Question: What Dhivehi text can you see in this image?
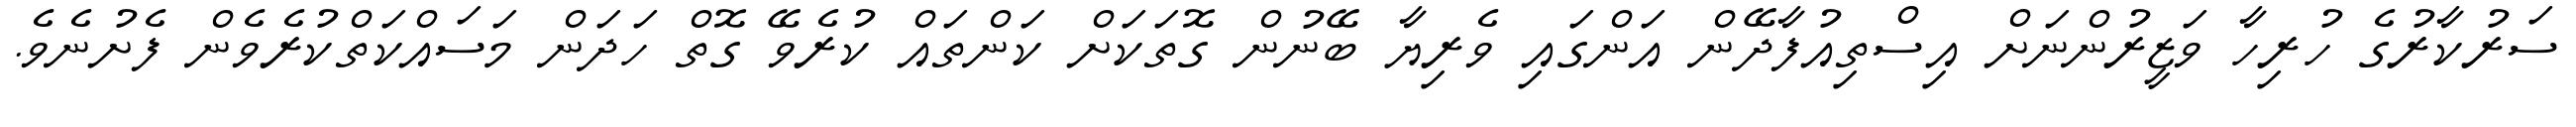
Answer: ސަރުކާރުގެ ހުރިހާ ވަޒީރުންނަށް އިސްތިއުފާދޭން އަންގައި ވެރިޔާ ބޭނުން ގޮތަކަށް ކަންތައް ކުރެވޭ ގޮތް ހަދަން މަސައްކަތްކުރެވެން ފެށުނެވެ.